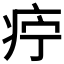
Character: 𰣩